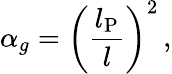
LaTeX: \alpha_{g}=\left(\frac{l_{\mathrm{P}}}{l}\right)^{2}\, ,